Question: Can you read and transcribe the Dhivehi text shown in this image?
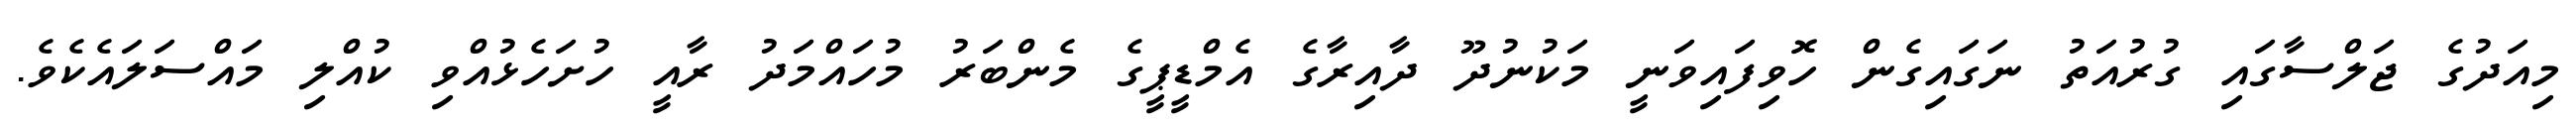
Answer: މިއަދުގެ ޖަލްސާގައި ގުރުއަތު ނަގައިގެން ހޮވިފައިވަނީ މަކުނުދޫ ދާއިރާގެ އެމްޑީޕީގެ މެންބަރު މުހައްމަދު ރާއީ ހުށަހެޅުއްވި ކުއްލި މައްސަލައެކެވެ.